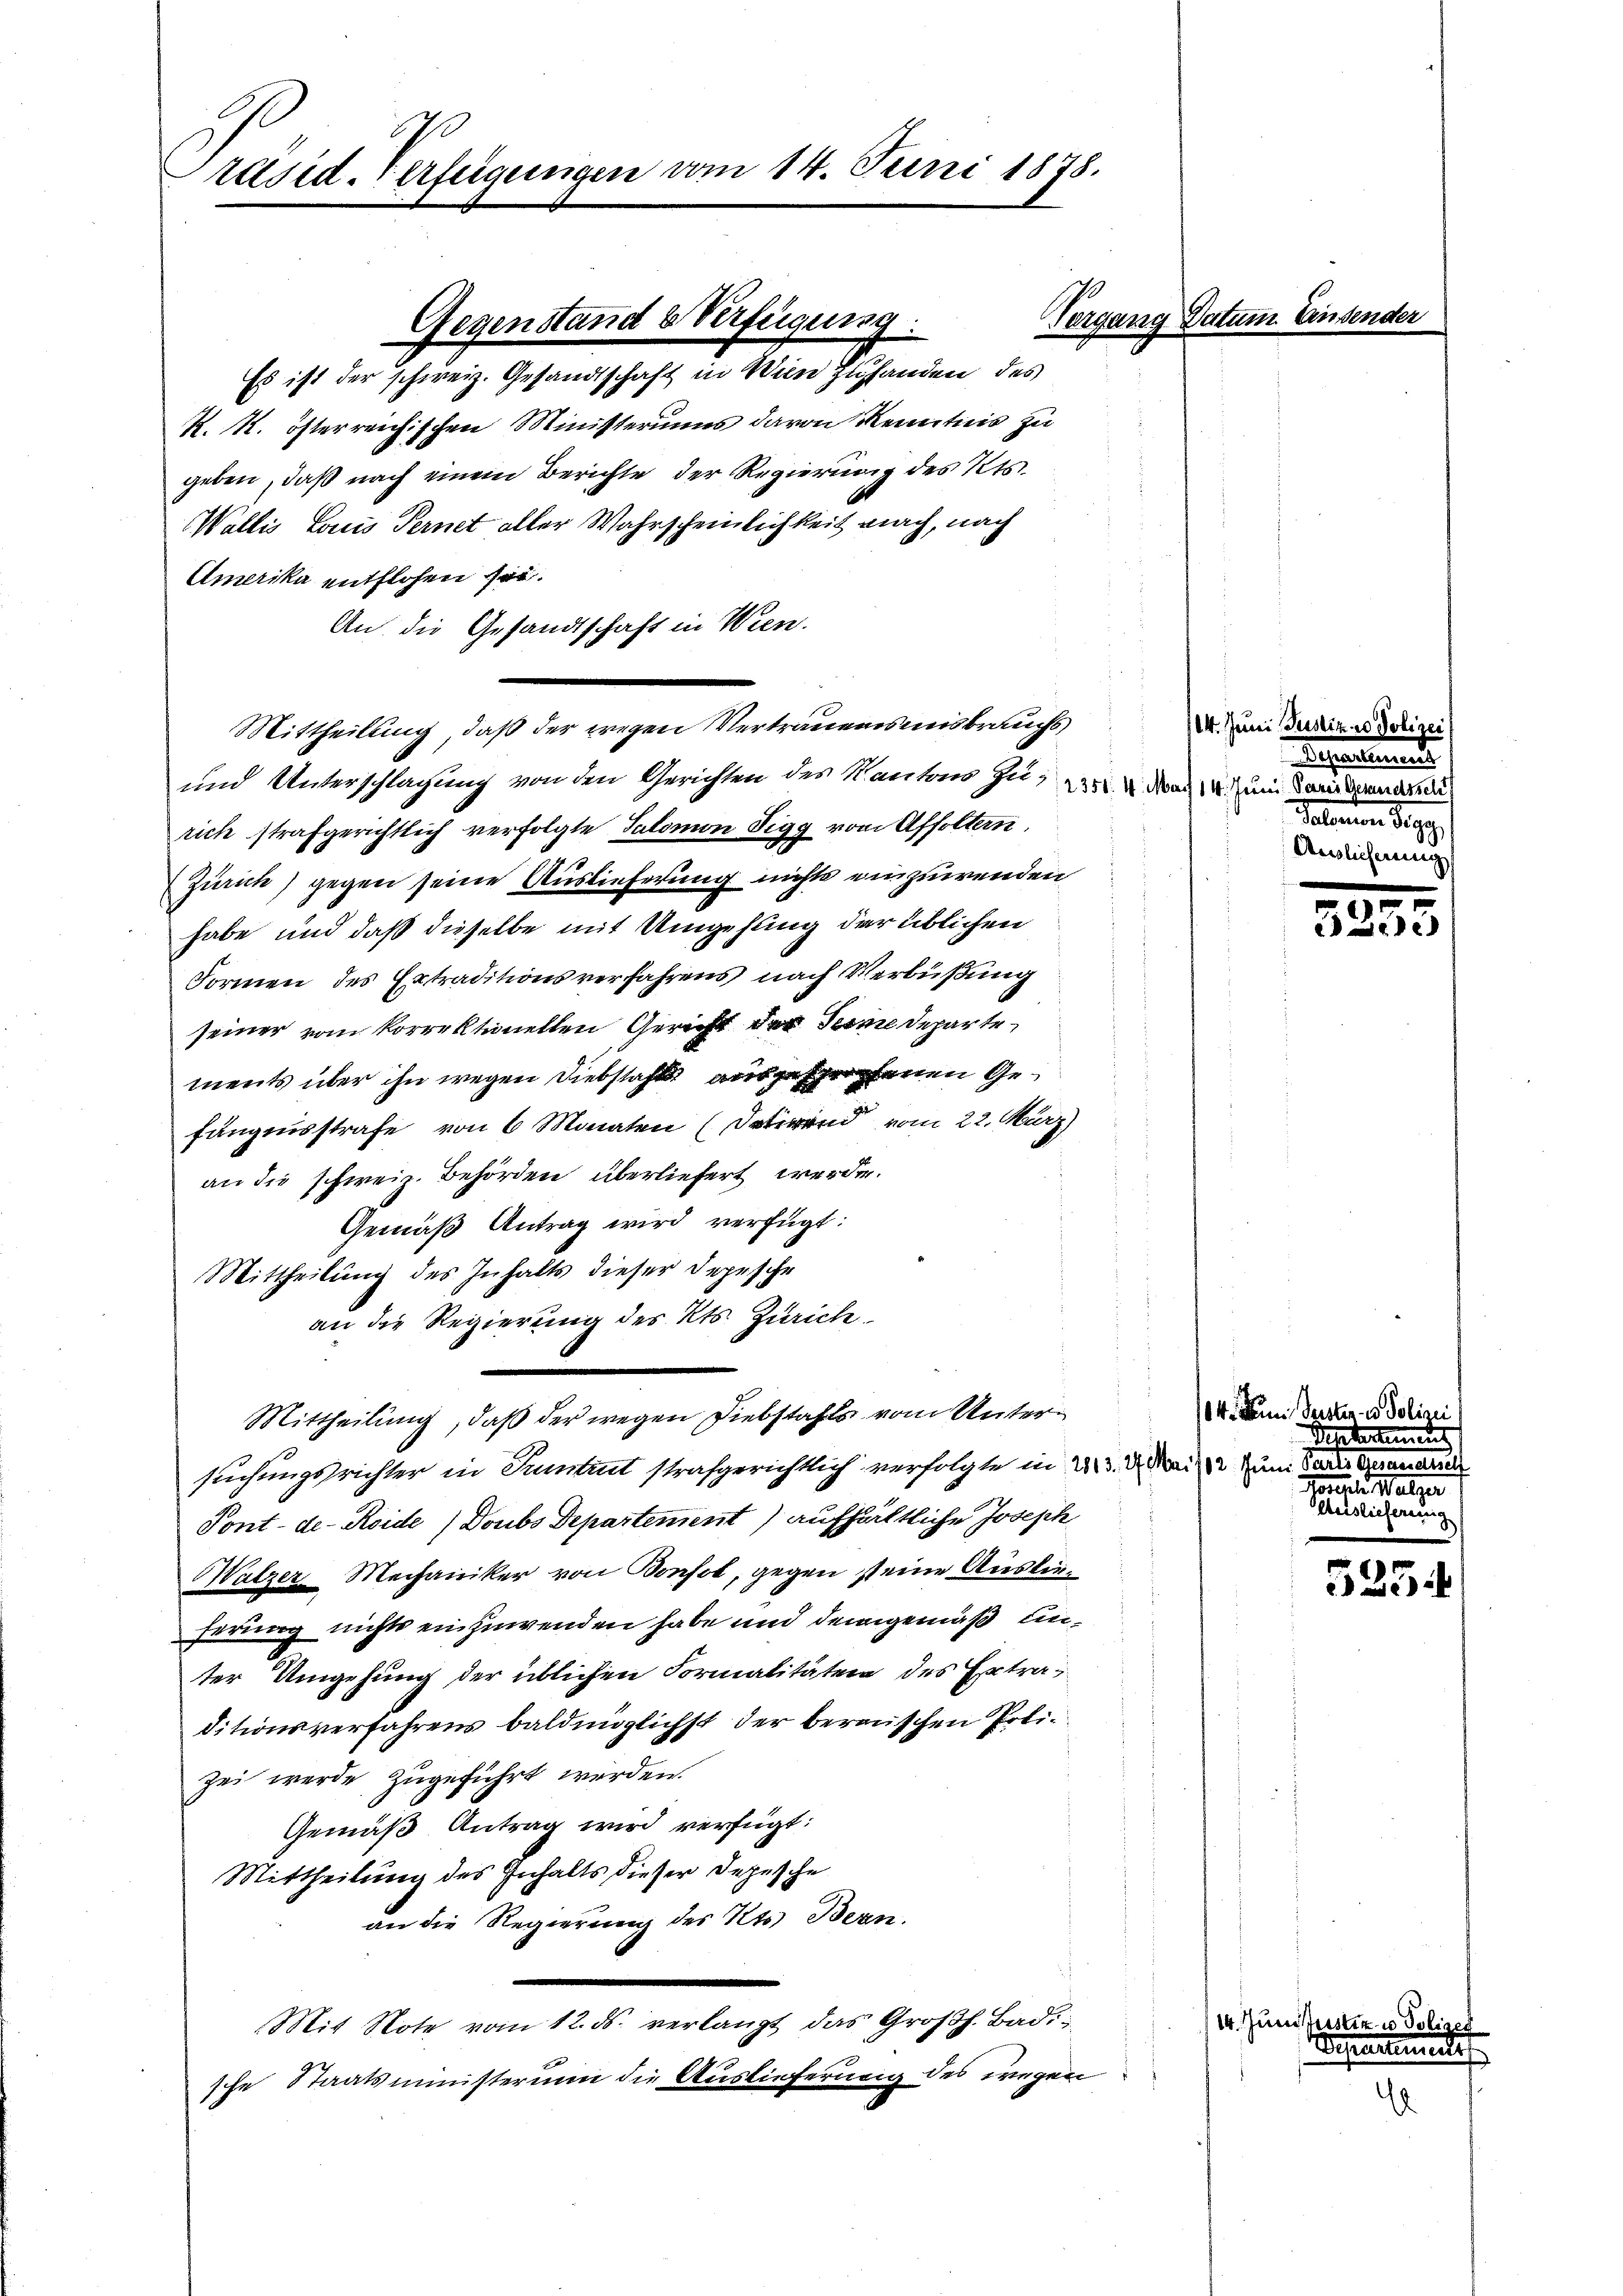
0
räsid. Verfeigungen vom 14. Juni 1878.

Gegenstand b Verfügung.
Es ist der schweiz. Gesandtschaft in Wien zuhanden des

K. K. österreichischen Ministeriums davon Kenntnis zu
geben, daß nach einem Berichte der Regierung des Kts.
Wallis Louis Ternet aller Wahrscheinlichkeit nach, nach
Amerika entflohen sei.
An die Gesandtschaft in Wien.
Mittheilung, daß der wegen Vertrauensmisbrauchs
und Unterschlagung von den Gerichten des Kantons zu, 25. v. Mai 14. Juni dareidenden
rich strafgerichtlich verfolgte Salomon Sigg von Affoltern,
Zürich) gegen seine Auslieferung nichts einzuwenden
habe und daß dieselbe mit Umgehung der üblichen
Formen des Extraditionsverfahrens nach Verbüßung
seiner vom korrektionellen Gericht der Seine Departe
ments über ihn wegen Diebstahl ausgesehenen Gefängnisstrafe von 6 Monaten (deren vom 22. März)
an die schweiz. Behörden überliefert werde.
Gemäß Antrag wird verfügt:
Mittheilung des Inhalts dieser Depesche
an die Regierung des Kts. Zürich
e
Mittheilung, daß der wegen Diebstahls vom Untersuchungsrichter in Tuntrut strafgerichtlich verfolgte in d
Sont-de-Reide Doubs Departement) aufhältliche Joseph
Walzer Mechaniker von Bonfol, gegen seine Auslieferung nichts einzuwenden habe und demgemäß unter Umgehung der üblichen Formalitäten des Extraditionsverfahrens baldmöglichst der bereischen Polizei werde zugeführt werden.
Gemäß Antrag wird verfügt:
Mittheilung des Inhalts dieser Depesche
an die Regierung des Kts. Bern.
Mit Note vom 12. ds. verlangt das Großh. Badische Staatsministerium die Auslieferung des wegen

Vergang Datum. Einsender

14. Juni Justiz & Poliz
ehaltenen
Polmnen des

14. Junisters
d

3

u

14. Juni Reister in Polizei
Mai 182. Juni Parte Gemeindelf
Konsere Weltger
Geislicherung

Pestamens

525.